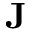
\mathbf { J }